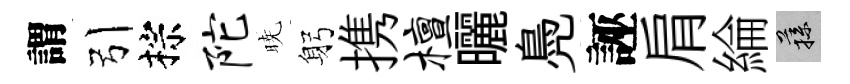
謂引棕陀暁躬携檀曬鳧誣肩綸蓀